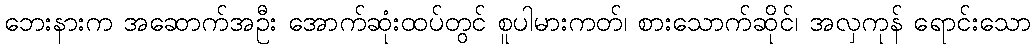
ဘေးနားက အဆောက်အဦး အောက်ဆုံးထပ်တွင် စူပါမားကတ်၊ စားသောက်ဆိုင်၊ အလှကုန် ရောင်းသော